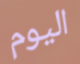
اليوم